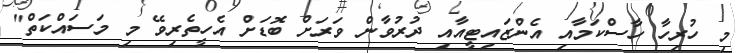
މި ހުރިހާ ހާސްކަމާއި އެންޒައިޓީއާއި ދުރުވާން ވަރަށް ބޮޑަށް އެހީތެރިވޭ މި މަސައްކަތް"